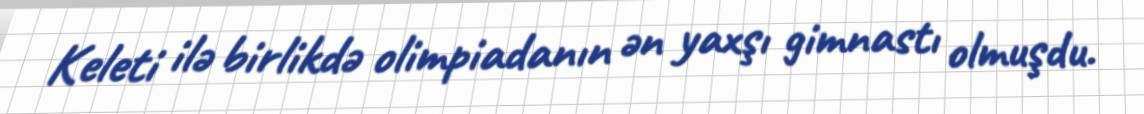
Keleti ilə birlikdə olimpiadanın ən yaxşı gimnastı olmuşdu.